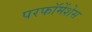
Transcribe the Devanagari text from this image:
परफॉमेंशेस